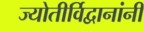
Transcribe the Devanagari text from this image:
ज्योतीर्विद्वानांनी